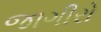
જાગીરો